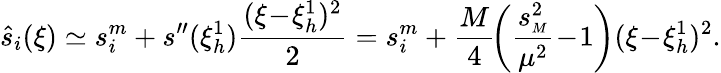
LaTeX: \hat{s}_{i}(\xi)\simeq s_{i}^{m}+s^{\prime\prime}(\xi_{h}^{1})\frac{(\xi\! -\! \xi_{h}^{1})^{2}}2=s_{i}^{m}+\frac M4\! \left(\frac{s_{{\scriptscriptstyle M}}^{2}}{\mu^{2}}\! -\! 1\right)(\xi\! -\! \xi_{h}^{1})^{2}.